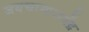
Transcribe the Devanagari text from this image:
जयचामाराजेंद्र